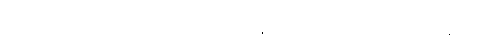
ဗော စ- ဗထက်ခြိုက်လာသည်လည်း၊ ဟောတိ- ၏။ သဗ္ဘိ ဟူသည် တည်း။ ဘေ စ၌ စသဒ္ဒါဖြင့်